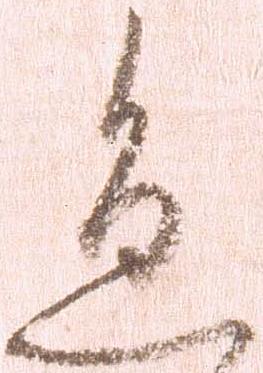
急